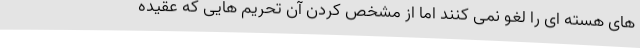
های هسته ای را لغو نمی کنند اما از مشخص کردن آن تحریم هایی که عقیده